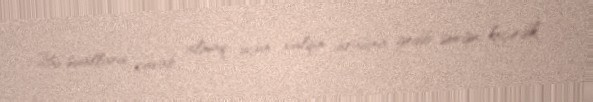
Bu suallara cavab almaq üçün xalqın arasına gedib sorğu keçirdik.